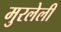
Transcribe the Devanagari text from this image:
मुरलेली